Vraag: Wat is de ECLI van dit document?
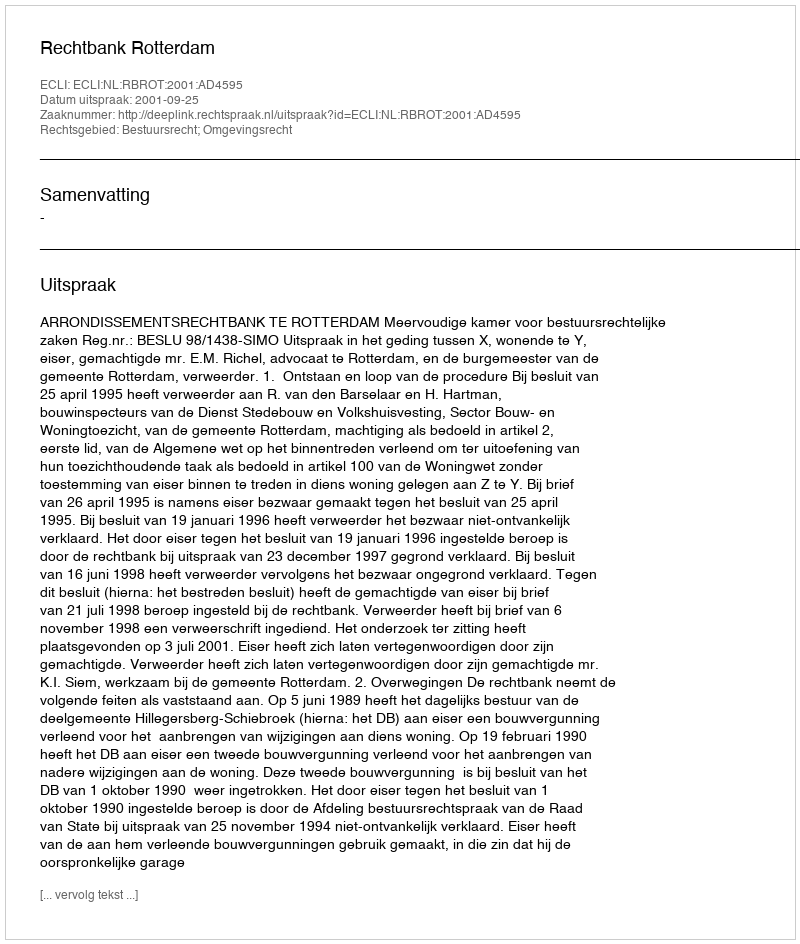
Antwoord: ECLI:NL:RBROT:2001:AD4595